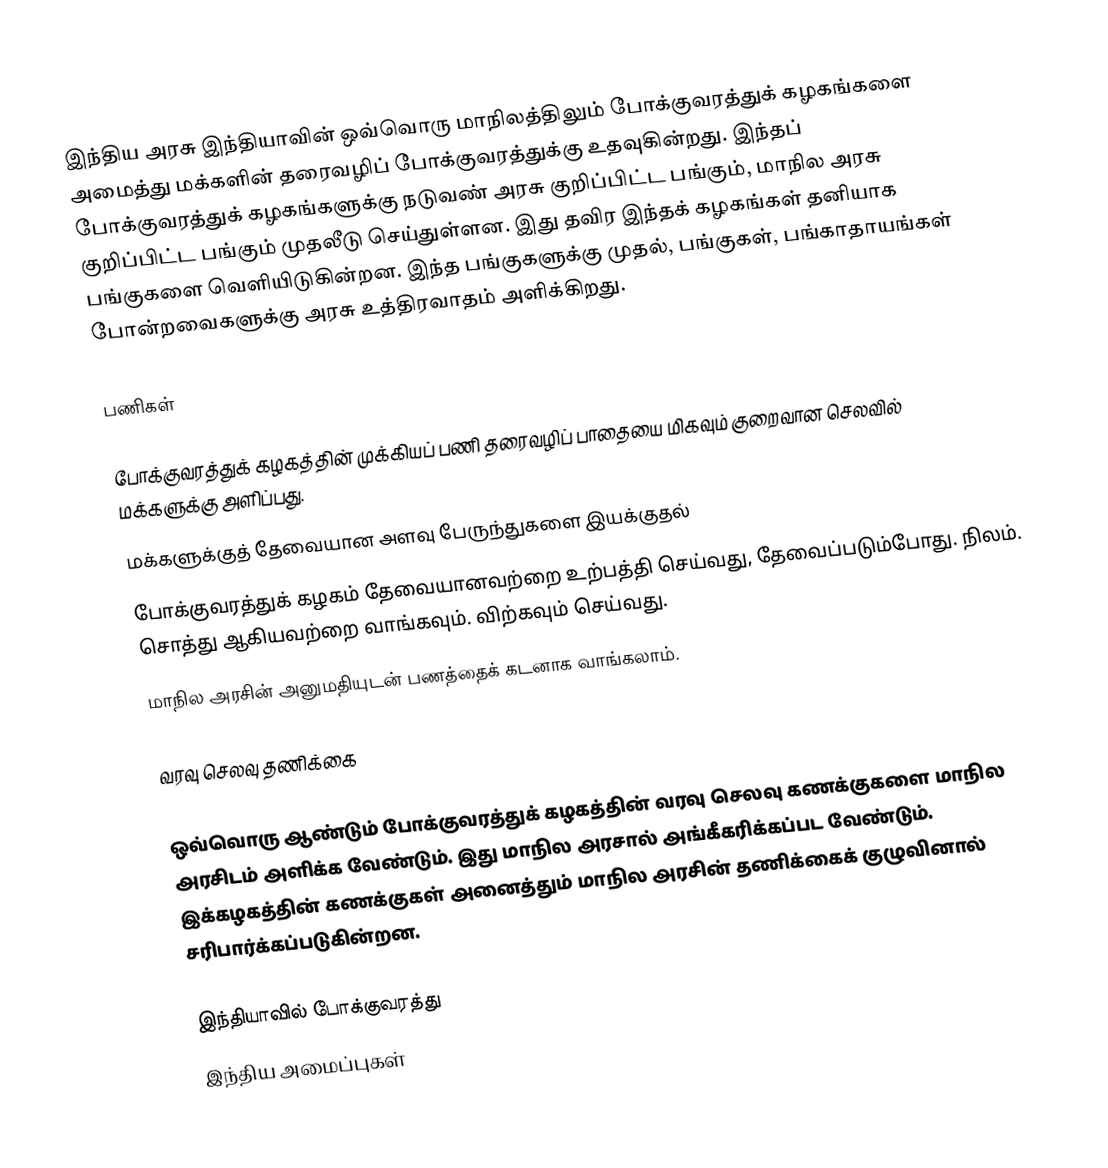
இந்திய அரசு இந்தியாவின் ஒவ்வொரு மாநிலத்திலும் போக்குவரத்துக் கழகங்களை அமைத்து மக்களின் தரைவழிப் போக்குவரத்துக்கு உதவுகின்றது. இந்தப் போக்குவரத்துக் கழகங்களுக்கு நடுவண் அரசு குறிப்பிட்ட பங்கும், மாநில அரசு குறிப்பிட்ட பங்கும் முதலீடு செய்துள்ளன. இது தவிர இந்தக் கழகங்கள் தனியாக பங்குகளை வெளியிடுகின்றன. இந்த பங்குகளுக்கு முதல், பங்குகள், பங்காதாயங்கள் போன்றவைகளுக்கு அரசு உத்திரவாதம் அளிக்கிறது.

பணிகள்

 போக்குவரத்துக் கழகத்தின் முக்கியப் பணி தரைவழிப் பாதையை மிகவும் குறைவான செலவில் மக்களுக்கு அளிப்பது.
 மக்களுக்குத் தேவையான அளவு பேருந்துகளை இயக்குதல்
 போக்குவரத்துக் கழகம் தேவையானவற்றை உற்பத்தி செய்வது, தேவைப்படும்போது. நிலம். சொத்து ஆகியவற்றை வாங்கவும். விற்கவும் செய்வது.
 மாநில அரசின் அனுமதியுடன் பணத்தைக் கடனாக வாங்கலாம்.

வரவு செலவு தணிக்கை

ஒவ்வொரு ஆண்டும் போக்குவரத்துக் கழகத்தின் வரவு செலவு கணக்குகளை மாநில அரசிடம் அளிக்க வேண்டும். இது மாநில அரசால் அங்கீகரிக்கப்பட வேண்டும். இக்கழகத்தின் கணக்குகள் அனைத்தும் மாநில அரசின் தணிக்கைக் குழுவினால் சரிபார்க்கப்படுகின்றன.

இந்தியாவில் போக்குவரத்து
 இந்திய அமைப்புகள்